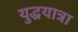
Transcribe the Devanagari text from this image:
युद्धयात्रा